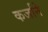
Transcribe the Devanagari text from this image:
कर्जाने